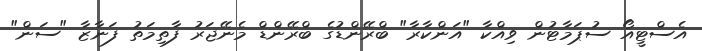
އެސްޓީއޯ ސުޕަމާޓުން ވިއްކާ "އަންކާރާ" ބްރޭންޑުގެ ބްރޭންޑް މެނޭޖަރު ފާތިމަތު ފަނާޒާ "ސަން"